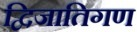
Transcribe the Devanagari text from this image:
द्विजातिगण